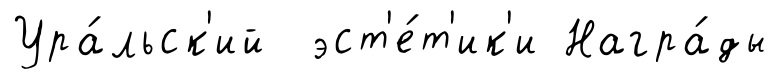
Ура́льск'ий эст'е́т'ик'и Награ́ды